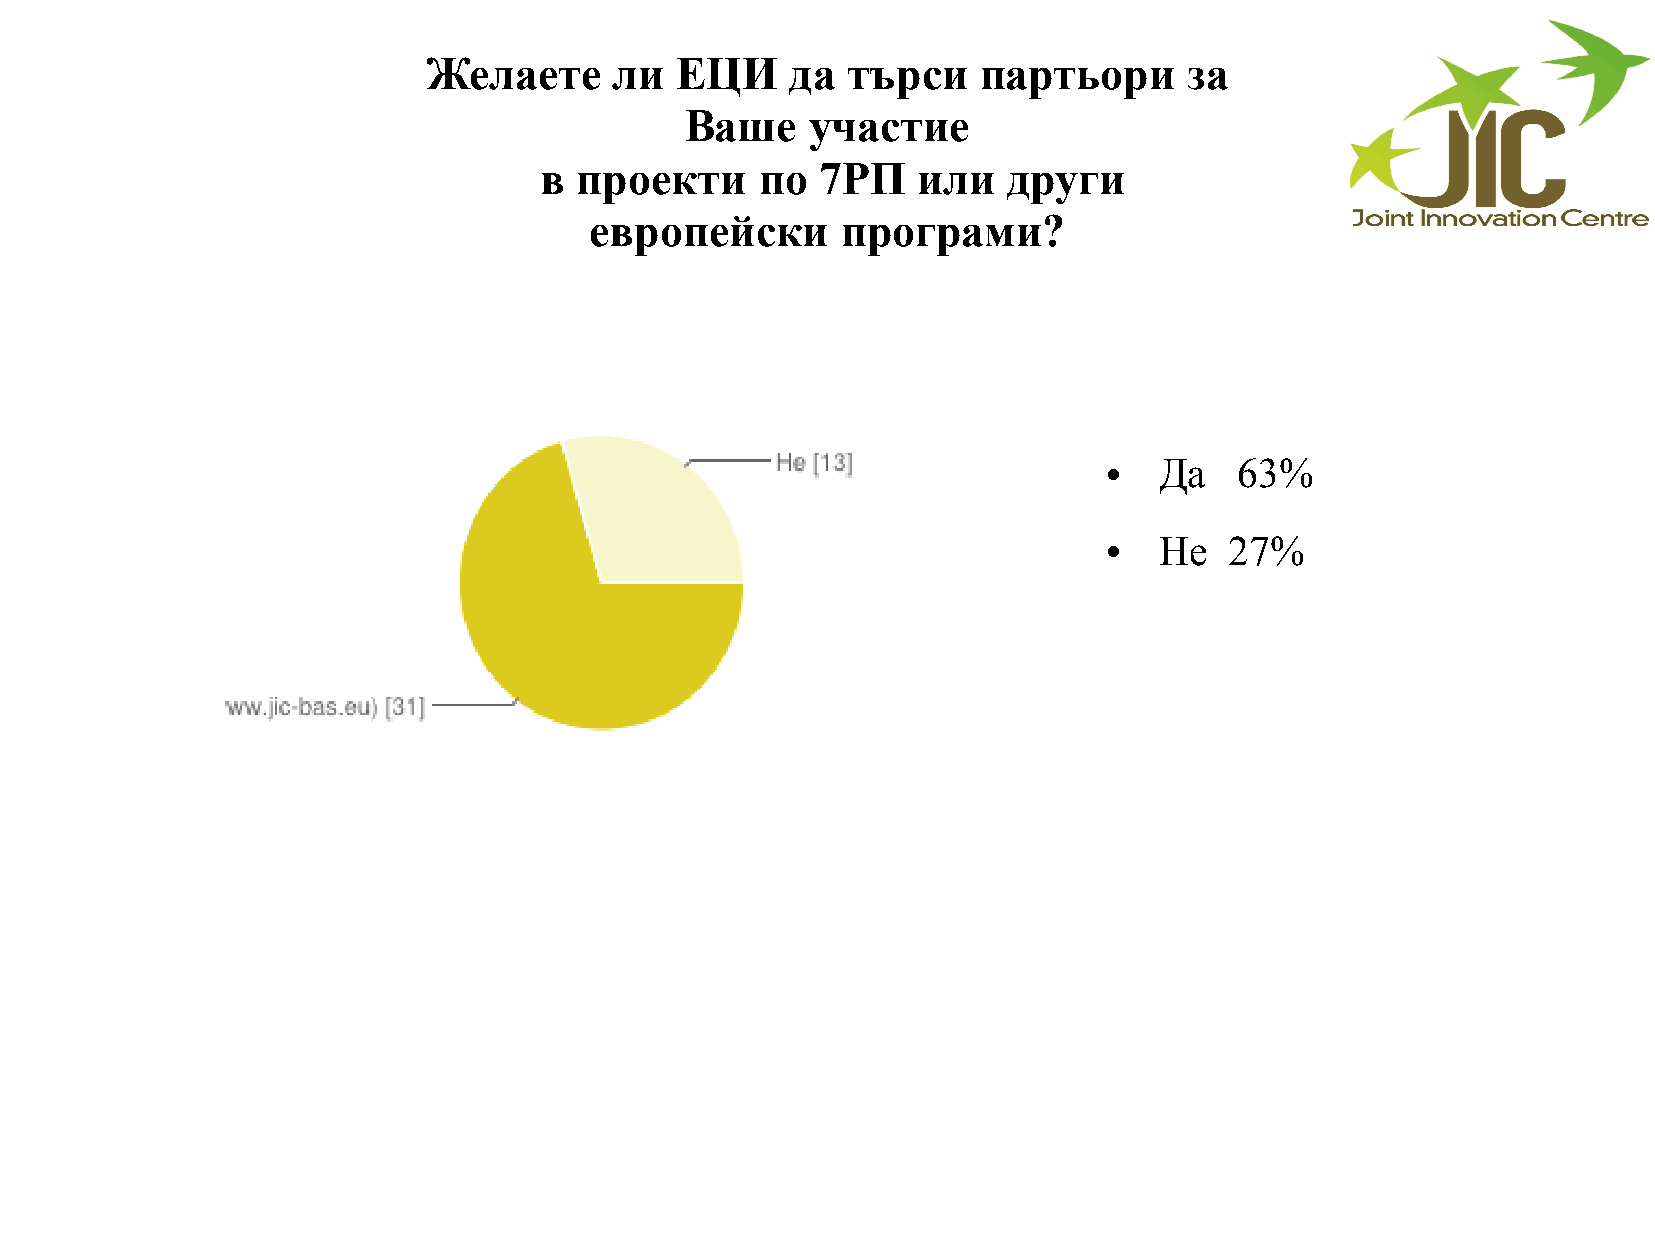
Желаете      ли  ЕЦИ    да  търси    партьори      за
 Ваше     участие
 в проекти     по  7РП    или   други
 европейски       програми?
 Да   63%
 ●
 Не  27%
 ●